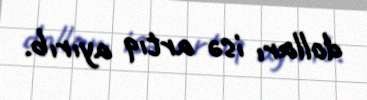
dolları isə artıq ayırıb.